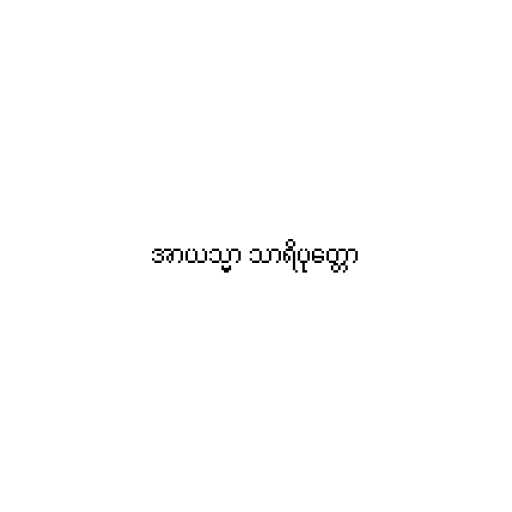
အာယသ္မာ သာရိပုတ္တော